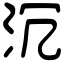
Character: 沉